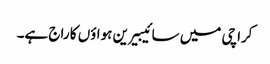
کراچی میں سائیبیرین ہواؤں کا راج ہے۔